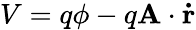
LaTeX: V=q\phi-q\mathbf{A}\cdot\mathbf{\dot{r}}